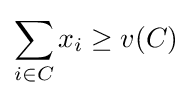
\sum _{i\in C}x_{i}\geq v(C)